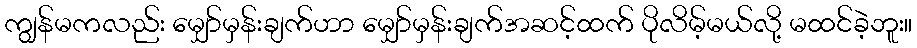
ကျွန်မကလည်း မျှော်မှန်းချက်ဟာ မျှော်မှန်းချက်အဆင့်ထက် ပိုလိမ့်မယ်လို့ မထင်ခဲ့ဘူး။